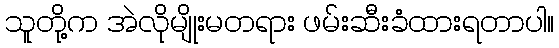
သူတို့က အဲလိုမျိုးမတရား ဖမ်းဆီးခံထားရတာပါ။